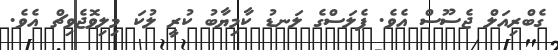
ގެބްރިއަލް ޖެސޫސް އެވެ. ޕެލަސްގެ ލަނޑު ކާމިޔާބު ކުރީ ލުކަ މިލިވޮޖެވިޗް އެވެ.